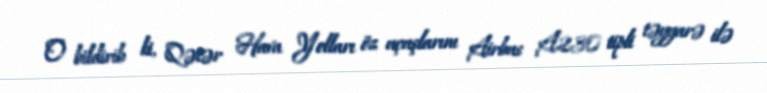
O bildirib ki, Qətər Hava Yolları öz uçuşlarını Airbus A230 tipli təyyarə ilə